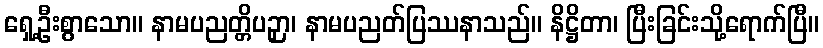
ရှေ့ဦးစွာသော။ နာမပညတ္တိပဉှာ၊ နာမပညတ်ပြဿနာသည်။ နိဋ္ဌိတာ၊ ပြီးခြင်းသို့ရောက်ပြီ။